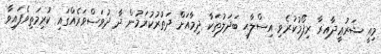
މިއީ ޝަރުޢީދާއިރާ ރިފޯމުކުރެވި އިސްލާޙީ ބަދަލުތަކާ ދިމާއަށް ދަތުރުކުރަމުން ދާ ދުވަސްވަރެއްގައި ކުރިމަތިވެފައިވާ